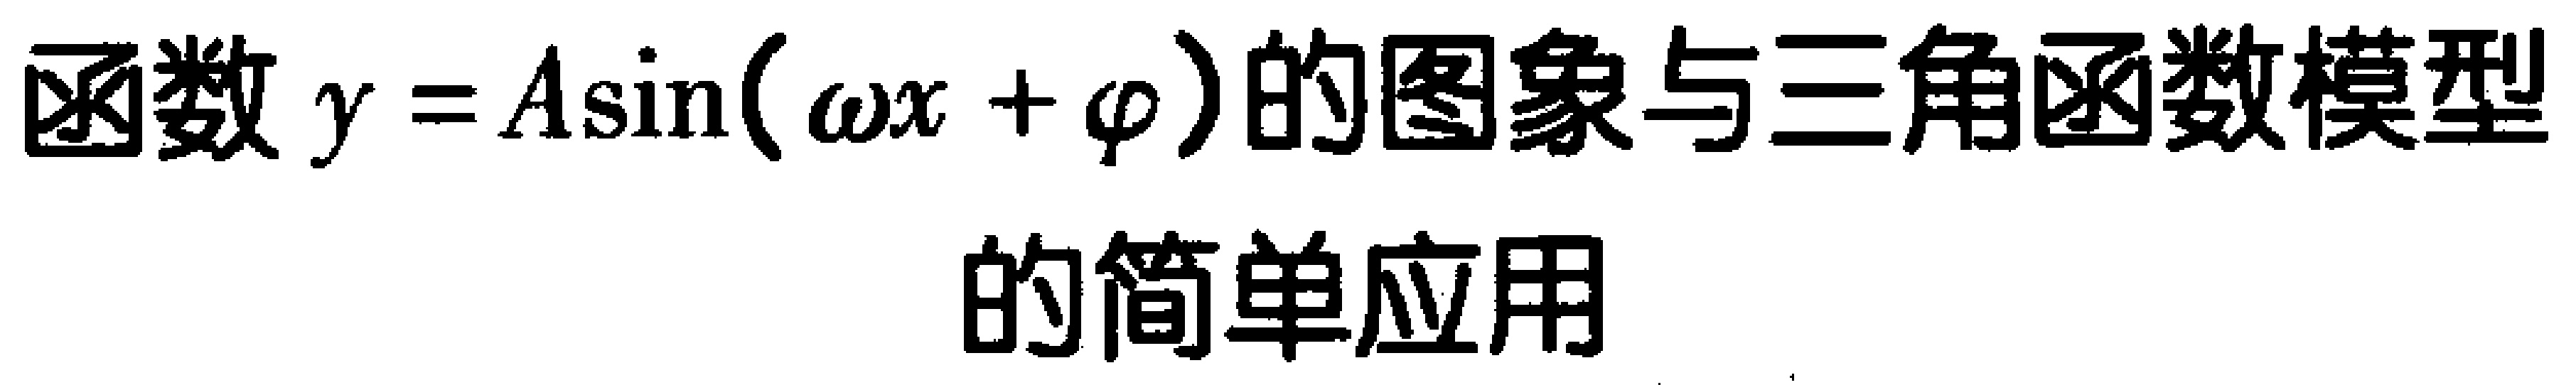
函数\(y = A\sin(\omega x+\varphi)\)的图象与三角函数模型的简单应用